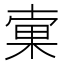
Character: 𣓑